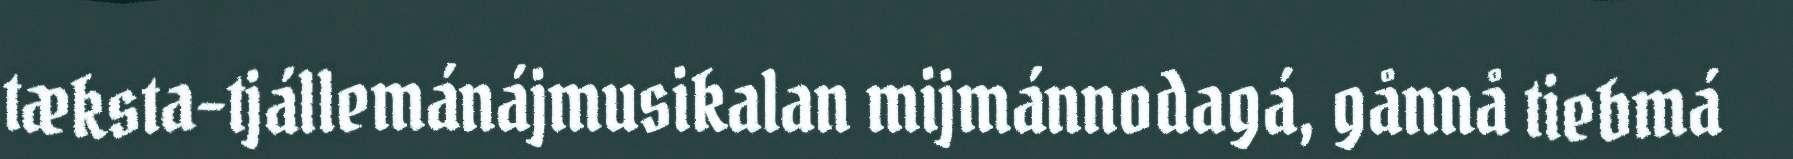
tæksta-tjállemánájmusikalan mijmánnodagá, gånnå tiebmá